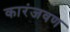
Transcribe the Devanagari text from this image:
कारंजवण